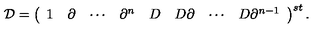
{ \cal D } = \left( \begin{array} { c c c c c c c c } { 1 } & { \partial } & { \cdots } & { \partial ^ { n } } & { D } & { D \partial } & { \cdots } & { D \partial ^ { n - 1 } } \\ \end{array} \right) ^ { s t } .